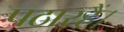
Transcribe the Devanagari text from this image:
पठारहैं।